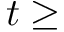
t \ge